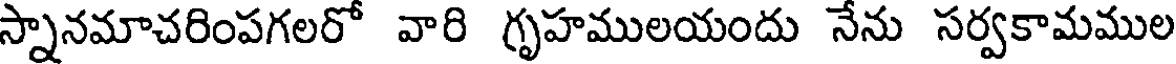
స్నానమాచరింపగలరో వారి గృహములయందు నేను సర్వకామముల